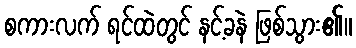
စကားလက် ရင်ထဲတွင် နင့်ခနဲ ဖြစ်သွား၏။